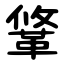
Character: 䩦